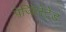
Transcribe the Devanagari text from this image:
पेजिलेटेड